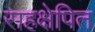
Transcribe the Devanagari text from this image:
सहक्षेपित